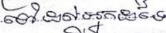
ទៅដល់អ្នកដទៃ